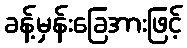
ခန့်မှန်းခြေအားဖြင့်